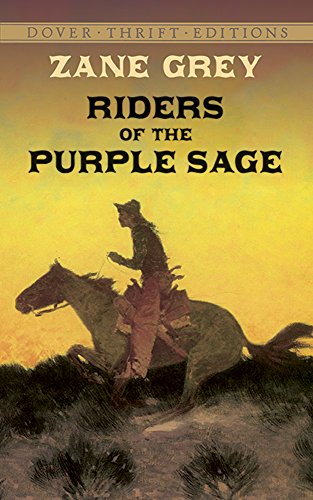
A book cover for Riders of the Purple Sage (Dover Thrift Editions); Zane Grey; Literature & Fiction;